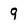
Character: 9